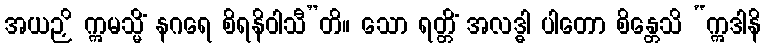
အယဉှိ ဣမသ္မိံ နဂရေ စိရနိဝါသီ”တိ။ သော ရတ္တိံ အလဒ္ဓါ ပါတော စိန္တေသိ “ဣဒါနိ